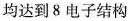
均达到8电子结构